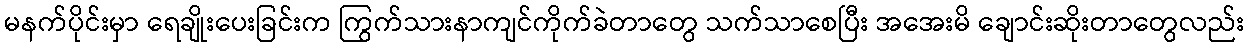
မနက်ပိုင်းမှာ ရေချိုးပေးခြင်းက ကြွက်သားနာကျင်ကိုက်ခဲတာတွေ သက်သာစေပြီး အအေးမိ ချောင်းဆိုးတာတွေလည်း